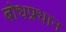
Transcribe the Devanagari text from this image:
बोधप्रधान